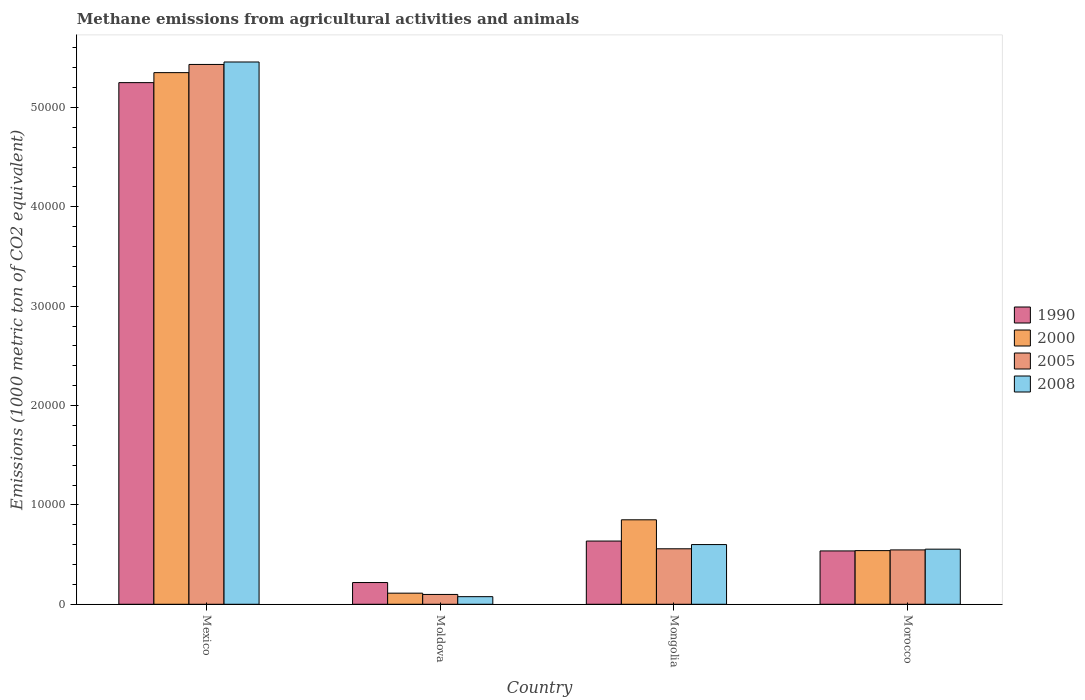
| Country | 1990 | 2000 | 2005 | 2008 |
 | --- | --- | --- | --- | --- |
 | Mexico | 5.25e+04 | 5.35e+04 | 5.43e+04 | 5.46e+04 |
 | Moldova | 2.19e+03 | 1.12e+03 | 990 | 767 |
 | Mongolia | 6.36e+03 | 8.5e+03 | 5.58e+03 | 6.01e+03 |
 | Morocco | 5.37e+03 | 5.4e+03 | 5.47e+03 | 5.55e+03 |